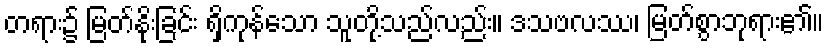
တရား၌ မြတ်နိုးခြင်း ရှိကုန်သော သူတို့သည်လည်း။ ဒသဗလဿ၊ မြတ်စွာဘုရား၏။